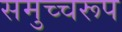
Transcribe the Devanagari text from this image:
समुच्चरूप